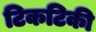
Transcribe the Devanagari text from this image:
टिकटिकी